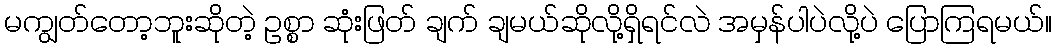
မကျွတ်တော့ဘူးဆိုတဲ့ ဥစ္စာ ဆုံးဖြတ် ချက် ချမယ်ဆိုလို့ရှိရင်လဲ အမှန်ပါပဲလို့ပဲ ပြောကြရမယ်။